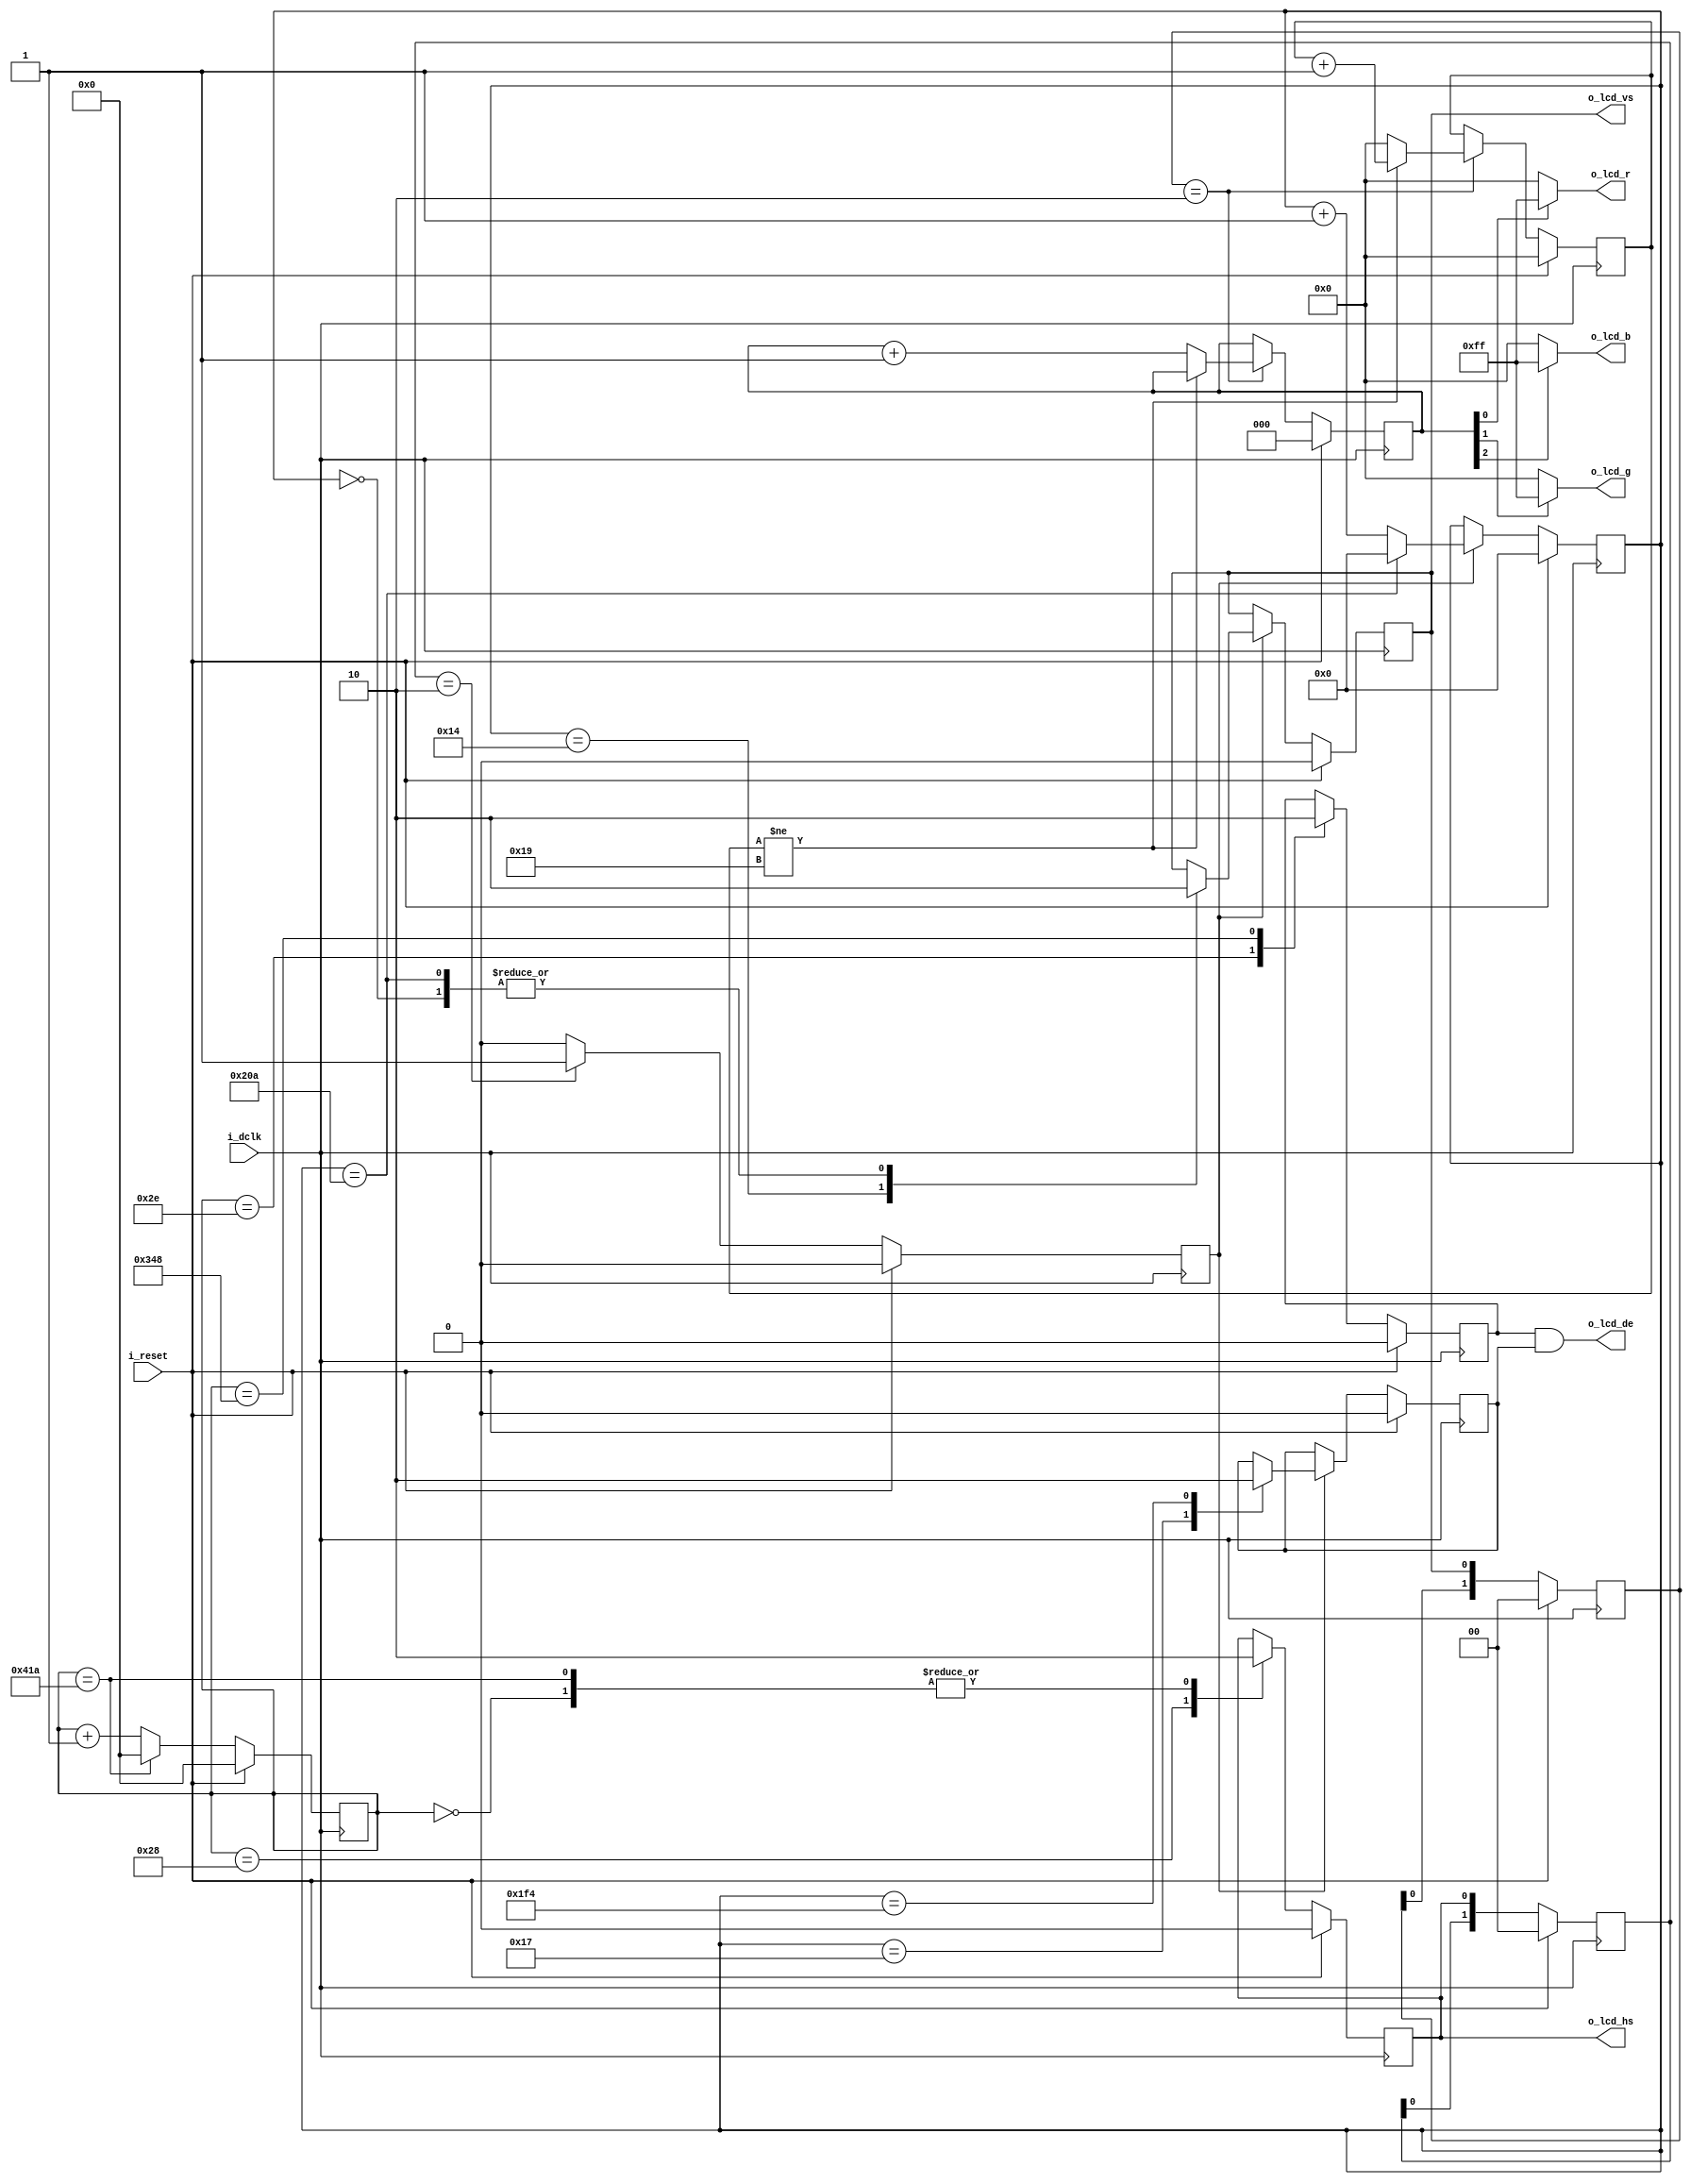
// Test LCD ST
module lcd_tester
(
    input  wire       i_dclk,
    input  wire       i_reset,
    output wire       o_lcd_vs,
    output wire       o_lcd_hs,
    output wire       o_lcd_de,
    output wire [7:0] o_lcd_r,
    output wire [7:0] o_lcd_g,
    output wire [7:0] o_lcd_b  
);

// HS generator --------------------------------------------
reg [10:0] hs_cnt  = 0;
reg        hs      = 0;
reg        de_line = 0;

always @(posedge i_dclk)
begin
    if (i_reset) begin
        hs      <= 0;
        hs_cnt  <= 0;
        de_line <= 0;
    end else begin
    case(hs_cnt)
    0:
    begin
        hs <= 0;
        hs_cnt <= hs_cnt + 1'b1;
    end

    40:
    begin
        hs <= 1;
        hs_cnt <= hs_cnt + 1'b1;
    end

    46:
    begin
        de_line <= 1;
        hs_cnt <= hs_cnt + 1'b1;
    end

    800 + 40:
    begin
        de_line <= 0;
        hs_cnt <= hs_cnt + 1'b1;
    end

    800 + 40 + 210:
    begin
        hs <= 0;
        hs_cnt <= 0;
    end

    default:
        hs_cnt <= hs_cnt + 1'b1;

    endcase
    end // if
end

// VS generator -----------------------------------
reg [1:0] hs_pipe = 0;
reg       hs_tick = 0;


// Tick new line (HS)
always @(posedge i_dclk)
begin
    if (i_reset) begin
        hs_pipe[1:0] <= 2'b00;
        hs_tick <= 0;
    end else begin
        hs_pipe[1:0] <= {hs_pipe[0], hs};
        if (hs_pipe == 2'b10)
            hs_tick <= 1;
        else
            hs_tick <= 0;
    end
end

reg [9:0] vs_cnt = 0;
reg       vs     = 0;
reg       de_vs  = 0;

always @(posedge i_dclk)
begin
    if (i_reset) begin
        vs_cnt <= 0;
        vs <= 0;
        de_vs <= 0;
    end else begin
    if (hs_tick)
    case(vs_cnt)
    0:
    begin
        vs <= 0;
        vs_cnt <= vs_cnt + 1'b1;
    end

    20:
    begin
        vs <= 1;
        vs_cnt <= vs_cnt + 1'b1;
    end

    23:
    begin
        de_vs <= 1;
        vs_cnt <= vs_cnt + 1'b1;
    end

    20 + 480:
    begin
        de_vs <= 0;
        vs_cnt <= vs_cnt + 1'b1;
    end

    20 + 480 + 22:
    begin
        vs <= 0;
        vs_cnt <= 0;
    end

    default:
        vs_cnt <= vs_cnt + 1'b1;

    endcase
    end // if
end


reg [1:0] vs_pipe = 0;
reg [7:0] frame_cnt  = 0;
reg [2:0] reg_color = 0;

// Color counter 
always @(posedge i_dclk)
begin
    if (i_reset) begin
        vs_pipe[1:0] <= 2'b00;
        frame_cnt    <= 0;
        reg_color    <= 0;
    end else begin
        vs_pipe[1:0] <= {vs_pipe[0], vs};
        if (vs_pipe == 2'b10) begin
            if (frame_cnt != 25) begin //    25 .
                frame_cnt <= frame_cnt + 1'b1;
            end else begin
                reg_color <= reg_color + 1'b1;
                frame_cnt <= 0;
            end
        end
    end
end

assign o_lcd_de = de_line & de_vs;
assign o_lcd_hs = hs;
assign o_lcd_vs = vs;
assign o_lcd_r  = reg_color[0] ? 8'hff : 0;
assign o_lcd_g  = reg_color[1] ? 8'hff : 0;
assign o_lcd_b  = reg_color[2] ? 8'hff : 0;


endmodule